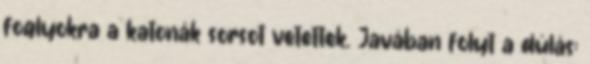
foglyokra a katonák sorsot vetettek. Javában folyt a dúlás;